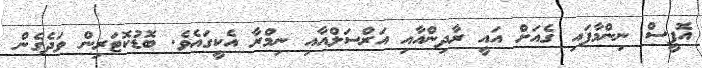
އޮފީސް ނިންމާފައި ގެއަށް އައީ ރާދިންއާއި އަރްސަލްއާއި ނިމްރާ އެކީގައެވެ. ބޮޑުކޮޓަރިން ވަދެގެން